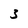
Character: 3